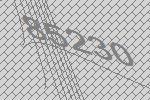
85230